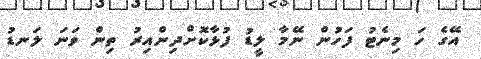
އޭގެ ހަ މިނެޓު ފަހުން ނޭމާ ލީޑު ފުޅާކޮށްދިންއިރު ތިން ވަނަ ލަނޑު